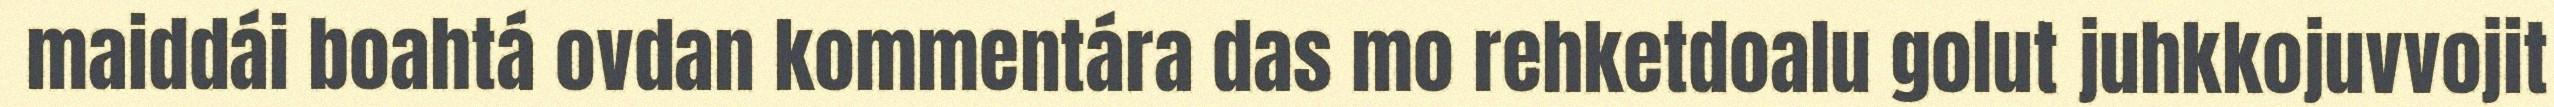
maiddái boahtá ovdan kommentára das mo rehketdoalu golut juhkkojuvvojit